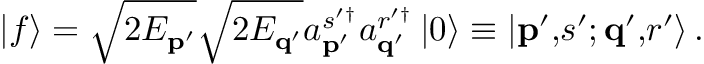
\left\vert f \right\rangle = \sqrt { 2 E _ { \mathbf { p } ^ { \prime } } } \sqrt { 2 E _ { \mathbf { q } ^ { \prime } } } a _ { \mathbf { p } ^ { \prime } } ^ { s ^ { \prime \dagger } } a _ { \mathbf { q } ^ { \prime } } ^ { r ^ { \prime \dagger } } \left\vert 0 \right\rangle \equiv \left\vert \mathbf { p } ^ { \prime } \mathbf { , } s ^ { \prime } \mathbf { ; q } ^ { \prime } \mathbf { , } r ^ { \prime } \right\rangle .